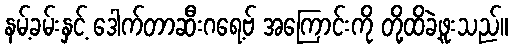
နမ့်ခမ်းနှင့် ဒေါက်တာဆီးဂရေ့ဗ် အကြောင်းကို တို့ထိခဲ့ဖူးသည်။